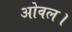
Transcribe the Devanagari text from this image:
ओवल।